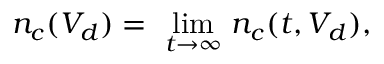
n _ { c } ( V _ { d } ) = \ \underset { t \rightarrow \infty } { \operatorname* { l i m } } \ n _ { c } ( t , V _ { d } ) ,